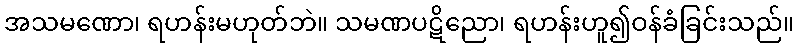
အသမဏော၊ ရဟန်းမဟုတ်ဘဲ။ သမဏပဋိညော၊ ရဟန်းဟူ၍ဝန်ခံခြင်းသည်။